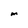
Character: m